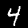
Label: 4